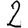
Digit: 2